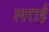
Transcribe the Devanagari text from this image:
लराई